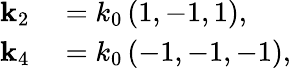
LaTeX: \begin{array}{rl}{\mathbf{k}_{2}}&{{}=k_{0}\left(1,-1,1\right),}\\ {\mathbf{k}_{4}}&{{}=k_{0}\left(-1,-1,-1\right),}\end{array}